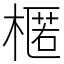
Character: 𣘗